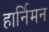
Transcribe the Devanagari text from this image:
हार्निमन